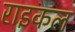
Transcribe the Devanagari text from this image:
राइकल